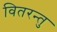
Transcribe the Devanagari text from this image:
वितरन्तु